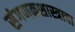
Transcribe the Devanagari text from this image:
संगणकशास्त्राचा